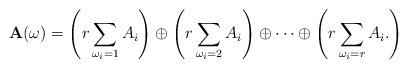
LaTeX: \begin{align*}\mathbf{A}(\omega)=\left(r\sum_{\omega_i=1} A_i\right)\oplus \left(r\sum_{\omega_i=2} A_i\right)\oplus\cdots \oplus\left( r\sum_{\omega_i=r} A_i.\right)\end{align*}